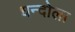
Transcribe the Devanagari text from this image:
धन्दोला